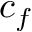
c _ { f }